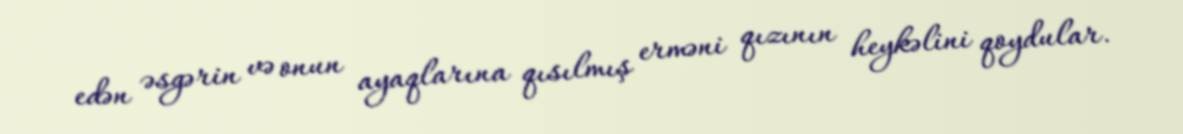
edən əsgərin və onun ayaqlarına qısılmış erməni qızının heykəlini qoydular.